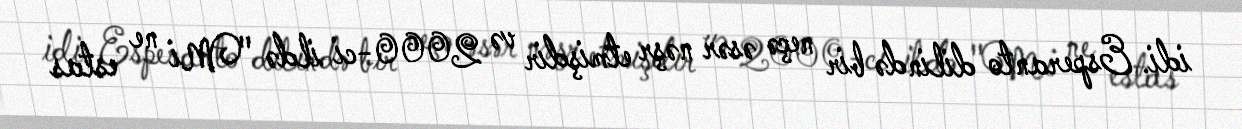
idi. Esperanto dilində bir neçə əsər nəşr etmişdir və 2000-ci ildə "Mi ne estas